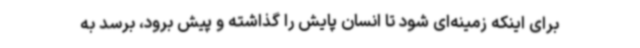
برای اینکه زمینه‌ای شود تا انسان پایش را گذاشته و پیش برود، برسد به